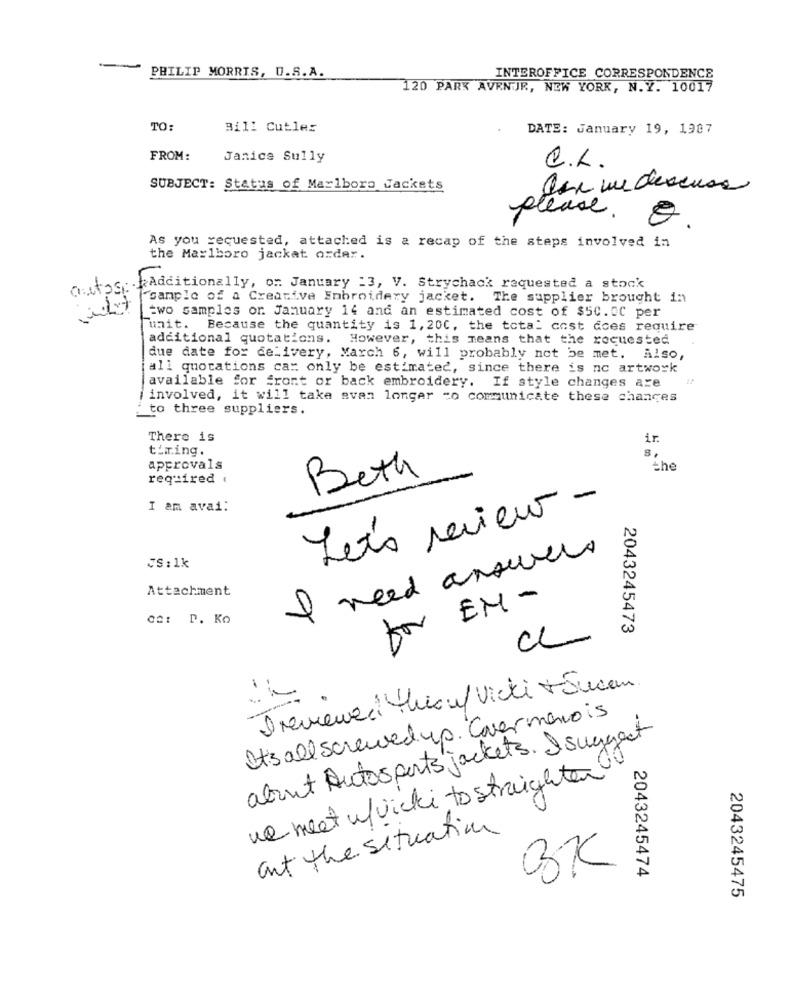
PHILIP MORRIS, O.S.A.
INTEROFFICE CORRESPONDENCE
120 PARK AVENUE, NEW YORK, N.Y. 10017
TO:
Bill Cutler
DATE: January 19, 1987
FROM:
Janice Sully
C.L.
SUBJECT: Status of Marlboro Jackets
den ve descusa
Please .
8
As you requested, attached is a recap of the steps involved in
the Marlboro jackat order.
autos
Additionally, o: January :3, V. Strychack requested a stock
"sample of a Creative Embroidery jacket.
The supplier brought in
two samples or. January 14 and an estimated cost of $50.00 per
wait. Because the quantity is 1, 20C, the total cost does require
additional quotations. However, this means that the requested
due date for delivery, March 6, will probably not be met. Also,
all quotations cam only be estimated, since there is no artwork
available for front or back embroidery. If style changes are
involved, it will take avan longer =o communicate these changes
to three suppliers.
There is
ir.
timing.
s.
approvals
the
required .
Beth
I am avai:
Lets review -
I need answers
JS: 1k
Attachment
tor EN-
ca: P. Ko
2043245473
CL
Ireviewed Chouf Vicki + Sucem.
It's all screwed up. Covermeno is
about Autosports jackets. I suggest
we meet w/vicki to straighten
cut the situation
OK
2043245474
2043245475